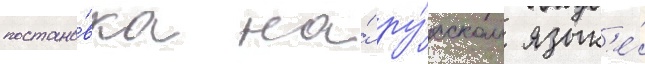
постано́вка на́ ру́сском язык'е́